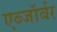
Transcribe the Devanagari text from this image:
एब्जॉर्बर